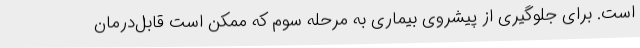
است. برای جلوگیری از پیشروی بیماری به مرحله سوم که ممکن است قابل‌درمان